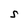
Character: S